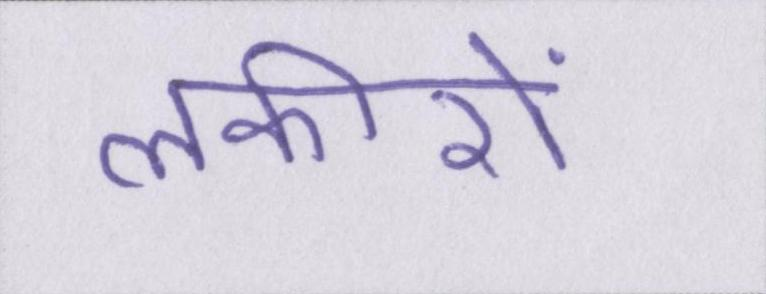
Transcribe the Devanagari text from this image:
लकीरों